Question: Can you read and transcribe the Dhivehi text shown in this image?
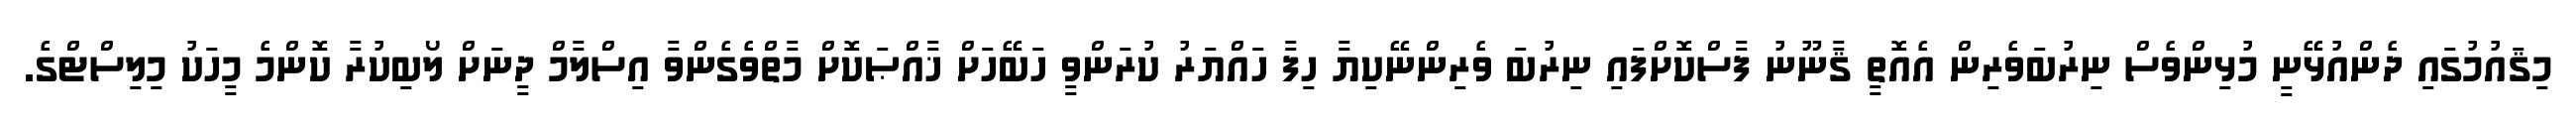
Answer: މިޤައުމުގައި ދެންއުޅޭނީ މުޅިންވެސް ނިރުބަވެރިން އެއޮތީ ޤާނޫނު ފާސްކޮށްފައި ނިރުބަ ވެރިންނޭކިޔާ ހިފާ ހައްޔަރު ކުރަންވީ ހަބޭހަށް ޚާއްޞަކޮށް މާތްވެގެންވާ އިސްލާމް ދީނަށް ލޯބިކުރާ ކޮންމެ މީހަކު މިލިސްޓްގެ.